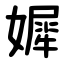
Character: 㜨